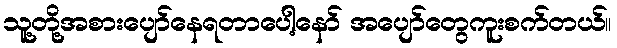
သူ့တို့အစားပျော်နေရတာပေါ့နော် အပျော်တွေကူးစက်တယ်။